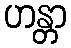
ဟန္တာ